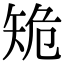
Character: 𥎾